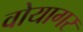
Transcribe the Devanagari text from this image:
वोयागर